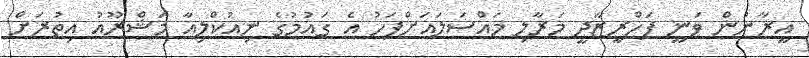
އީރާނުން ވަނީ ފަހްރީޒާދީ މަރާލި މައްސަލައަށްފަހު އެ ގައުމުގެ ނިއުކްލިއާ މަޝްރޫއު އިތުރަށް